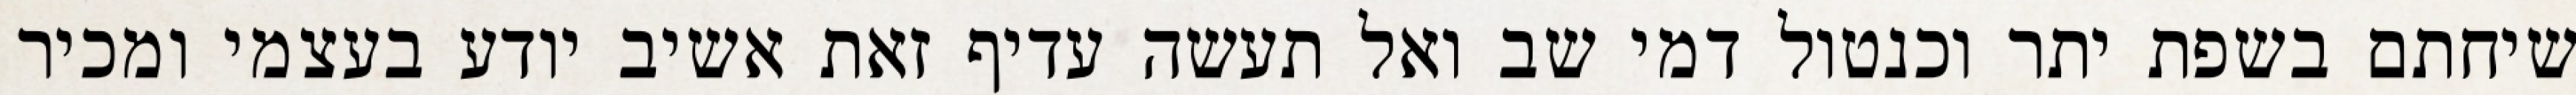
שיחתם בשפת יתר וכנטול דמי שב ואל תעשה עדיף זאת אשיב יודע בעצמי ומכיר